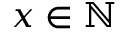
x \in \mathbb { N }